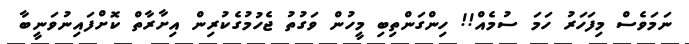
ނަމަވެސް މިފަހަރު ހަމަ ސުމެއް!! ހިންގަންތިބި މީހުން ވަގުތު ޖެހުމުގެކުރިން އިށާރާތް ކޮށްފައިނުވަނީބާ